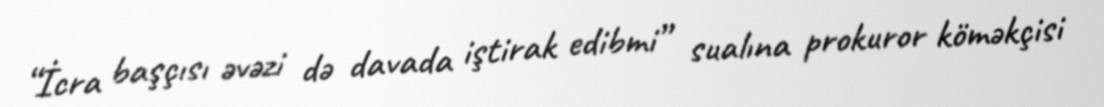
“İcra başçısı əvəzi də davada iştirak edibmi” sualına prokuror köməkçisi